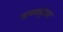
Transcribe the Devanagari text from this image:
गायकवृंदाचा